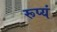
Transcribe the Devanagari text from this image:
रूप्यं